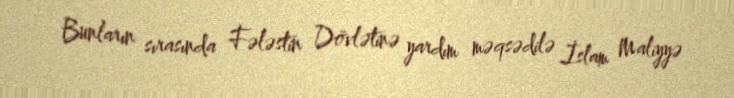
Bunların sırasında Fələstin Dövlətinə yardım məqsədilə İslam Maliyyə